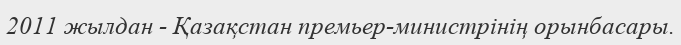
2011 жылдан - Қазақстан премьер-министрінің орынбасары.